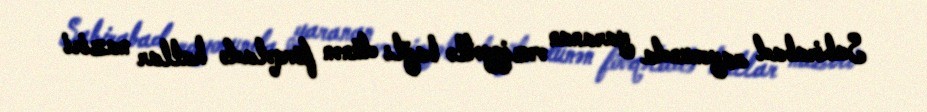
Sabirabad rayonunda yaranan vəziyyətlə bağlı dünən fövqəladə hallar naziri